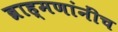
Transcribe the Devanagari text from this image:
ब्राह्मणांनींच